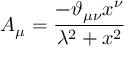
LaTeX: A _ { \mu } = \frac { - \vartheta _ { \mu \nu } x ^ { \nu } } { \lambda ^ { 2 } + x ^ { 2 } }